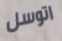
اتوسل